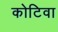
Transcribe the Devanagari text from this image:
कोटिवा